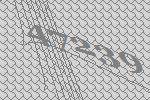
47239